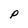
Character: p